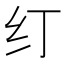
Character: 𰫼